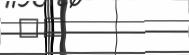
٢٠